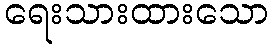
ရေးသားထားသော